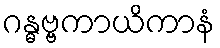
ဂန္ဓဗ္ဗကာယိကာနံ